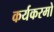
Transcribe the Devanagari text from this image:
कर्यकरमो